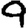
Digit: 9